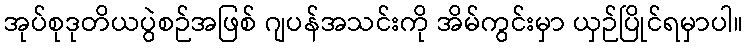
အုပ်စုဒုတိယပွဲစဉ်အဖြစ် ဂျပန်အသင်းကို အိမ်ကွင်းမှာ ယှဉ်ပြိုင်ရမှာပါ။